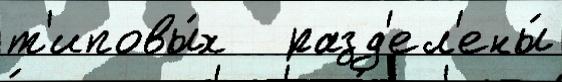
т'иповы́х   разд'ел'ены́